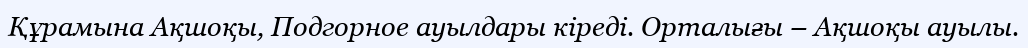
Құрамына Ақшоқы, Подгорное ауылдары кіреді. Орталығы – Ақшоқы ауылы.